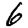
Digit: 6